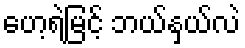
ဟေ့ရဲမြင့် ဘယ်နှယ်လဲ